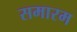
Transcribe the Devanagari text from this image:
समारम